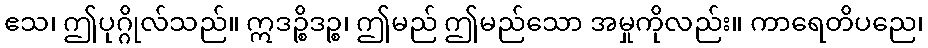
ဧသ၊ ဤပုဂ္ဂိုလ်သည်။ ဣဒဉ္စိဒဉ္စ၊ ဤမည် ဤမည်သော အမှုကိုလည်း။ ကာရေတိပညေ၊